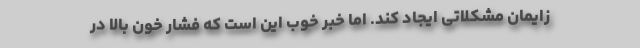
زایمان مشکلاتی ایجاد کند. اما خبر خوب این است که فشار خون بالا در